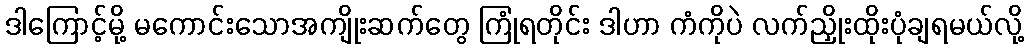
ဒါကြောင့်မို့ မကောင်းသောအကျိုးဆက်တွေ ကြုံရတိုင်း ဒါဟာ ကံကိုပဲ လက်ညှိုးထိုးပုံချရမယ်လို့